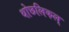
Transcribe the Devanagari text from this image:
थोछलिकल्